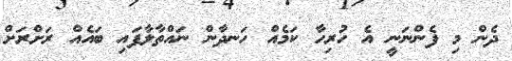
ދެން މި ފެންނަނީ އެ ހުރިހާ ކަމެއް ހަނދާން ނައްތާލާފައި ބައެއް ރަށްރަށް